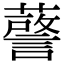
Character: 𮒘